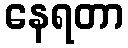
နေရတာ